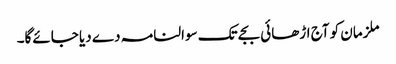
ملزمان کو آج اڑھائی بجے تک سوالنامہ دے دیا جائےگا۔